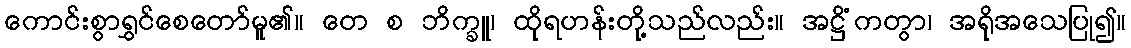
ကောင်းစွာရွှင်စေတော်မူ၏။ တေ စ ဘိက္ခူ၊ ထိုရဟန်းတို့သည်လည်း။ အဋ္ဌိံကတွာ၊ အရိုအသေပြု၍။